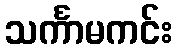
သင်္ကာမကင်း